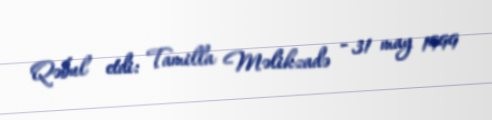
Qəbul etdi: Tamilla Məlikzadə - 31 may 1999